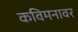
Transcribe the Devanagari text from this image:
कविमनावर